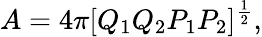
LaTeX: A=4\pi[Q_{1}Q_{2}P_{1}P_{2}]^{\frac{1}{2}},